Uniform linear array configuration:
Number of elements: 24
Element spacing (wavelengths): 0.25
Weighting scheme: cosine
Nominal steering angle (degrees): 60
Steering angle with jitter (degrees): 60.238
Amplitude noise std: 0.05
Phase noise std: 0.05

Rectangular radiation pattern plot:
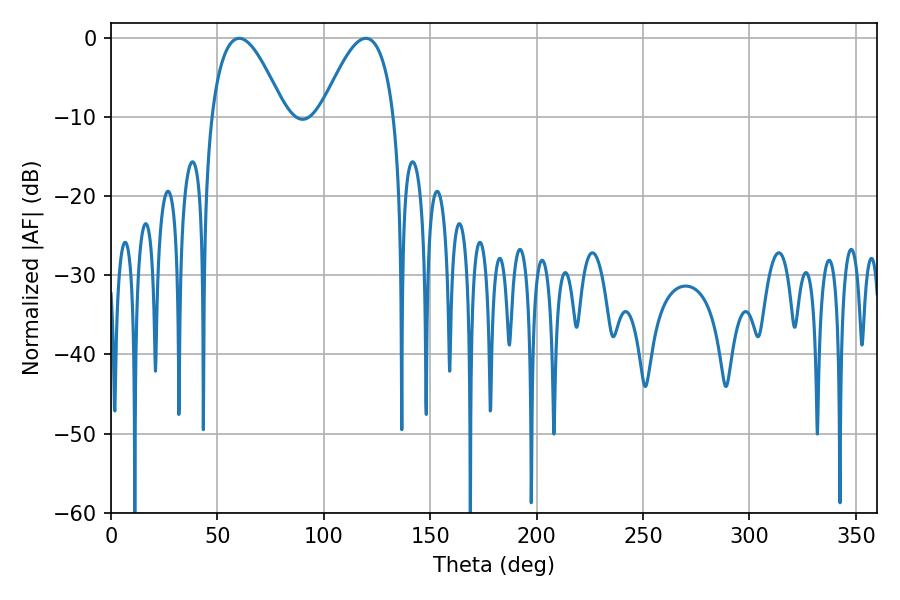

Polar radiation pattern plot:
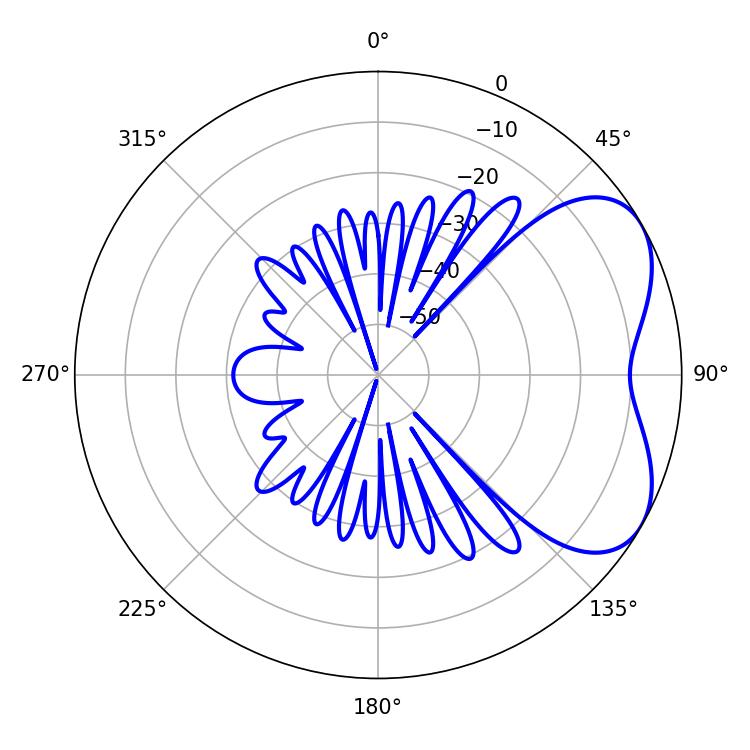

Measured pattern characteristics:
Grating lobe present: FALSE
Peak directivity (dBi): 4.92
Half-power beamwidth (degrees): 18.9
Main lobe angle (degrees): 60.3